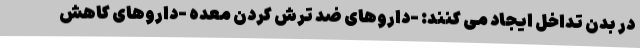
در بدن تداخل ایجاد می کنند: -داروهای ضد ترش کردن معده -داروهای کاهش